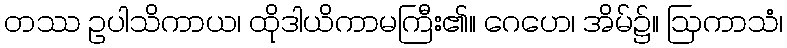
တဿ ဥပါသိကာယ၊ ထိုဒါယိကာမကြီး၏။ ဂေဟေ၊ အိမ်၌။ ဩကာသံ၊